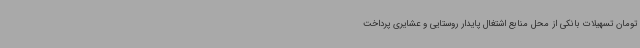
تومان تسهیلات بانکی از محل منابع اشتغال پایدار روستایی و عشایری پرداخت